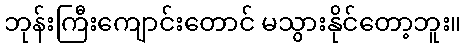
ဘုန်းကြီးကျောင်းတောင် မသွားနိုင်တော့ဘူး။